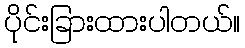
ပိုင်းခြားထားပါတယ်။